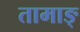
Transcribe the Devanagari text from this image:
तामाङ्‌